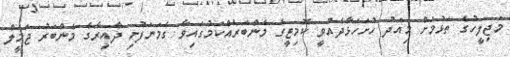
މަޖިލީހުގެ ތަޅުމަށް މިއަދު ހުށަހަޅާދެއްވީ ކޮމިޓީގެ މެންބަރެއްކަމުގައިވާ ގެމަނަފުށި ދާއިރާގެ މެންބަރު ޖަމީލް